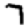
Digit: 7